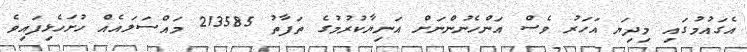
އެގައުމުގައި މިދިޔަ އަހަރު ވެސް އަންހެނުންނަށް އަނިޔާކުރުމުގެ ތަފާތު 213585 މައްސަލައެއް ހުށަހެޅިފައިވެ